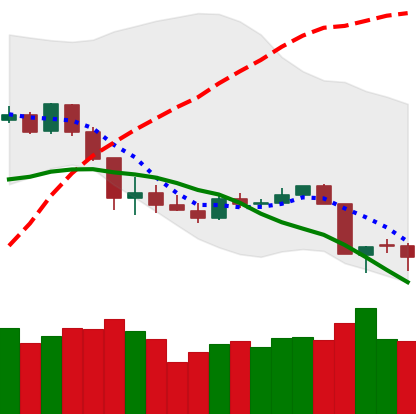
Ticker: XLM-USD
Chart end date: 2020-03-11
Forward return: -30.218%
Label: down_7plus